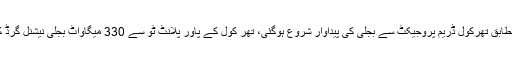
تفصیلات کے مطابق تھرکول ڈریم پروجیکٹ سے بجلی کی پیداوار شروع ہوگئی، تھر کول کے پاور پلانٹ ٹو سے 330 میگاواٹ بجلی نیشنل گرڈ کو دے دی گئی۔